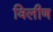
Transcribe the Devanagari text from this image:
विलीण